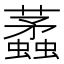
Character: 𧓿